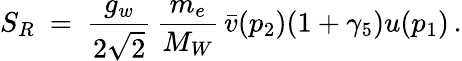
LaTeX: S_{R}\ =\ \frac{g_{w}}{2\sqrt{2}}\, \frac{m_{e}}{M_{W}}\, \bar{v}(p_{2})(1+\gamma_{5})u(p_{1})\, .